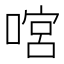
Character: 𠹒